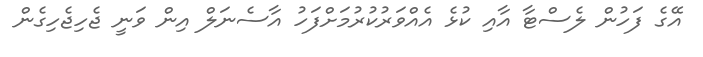
އޭގެ ފަހުން ލެސްޓާ އާއި ކުޅެ އެއްވަރުކުރުމަށްފަހު އާސެނަލް އިން ވަނީ ޖެހިޖެހިގެން